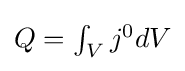
{\textstyle Q=\int _{V}j^{0}dV}